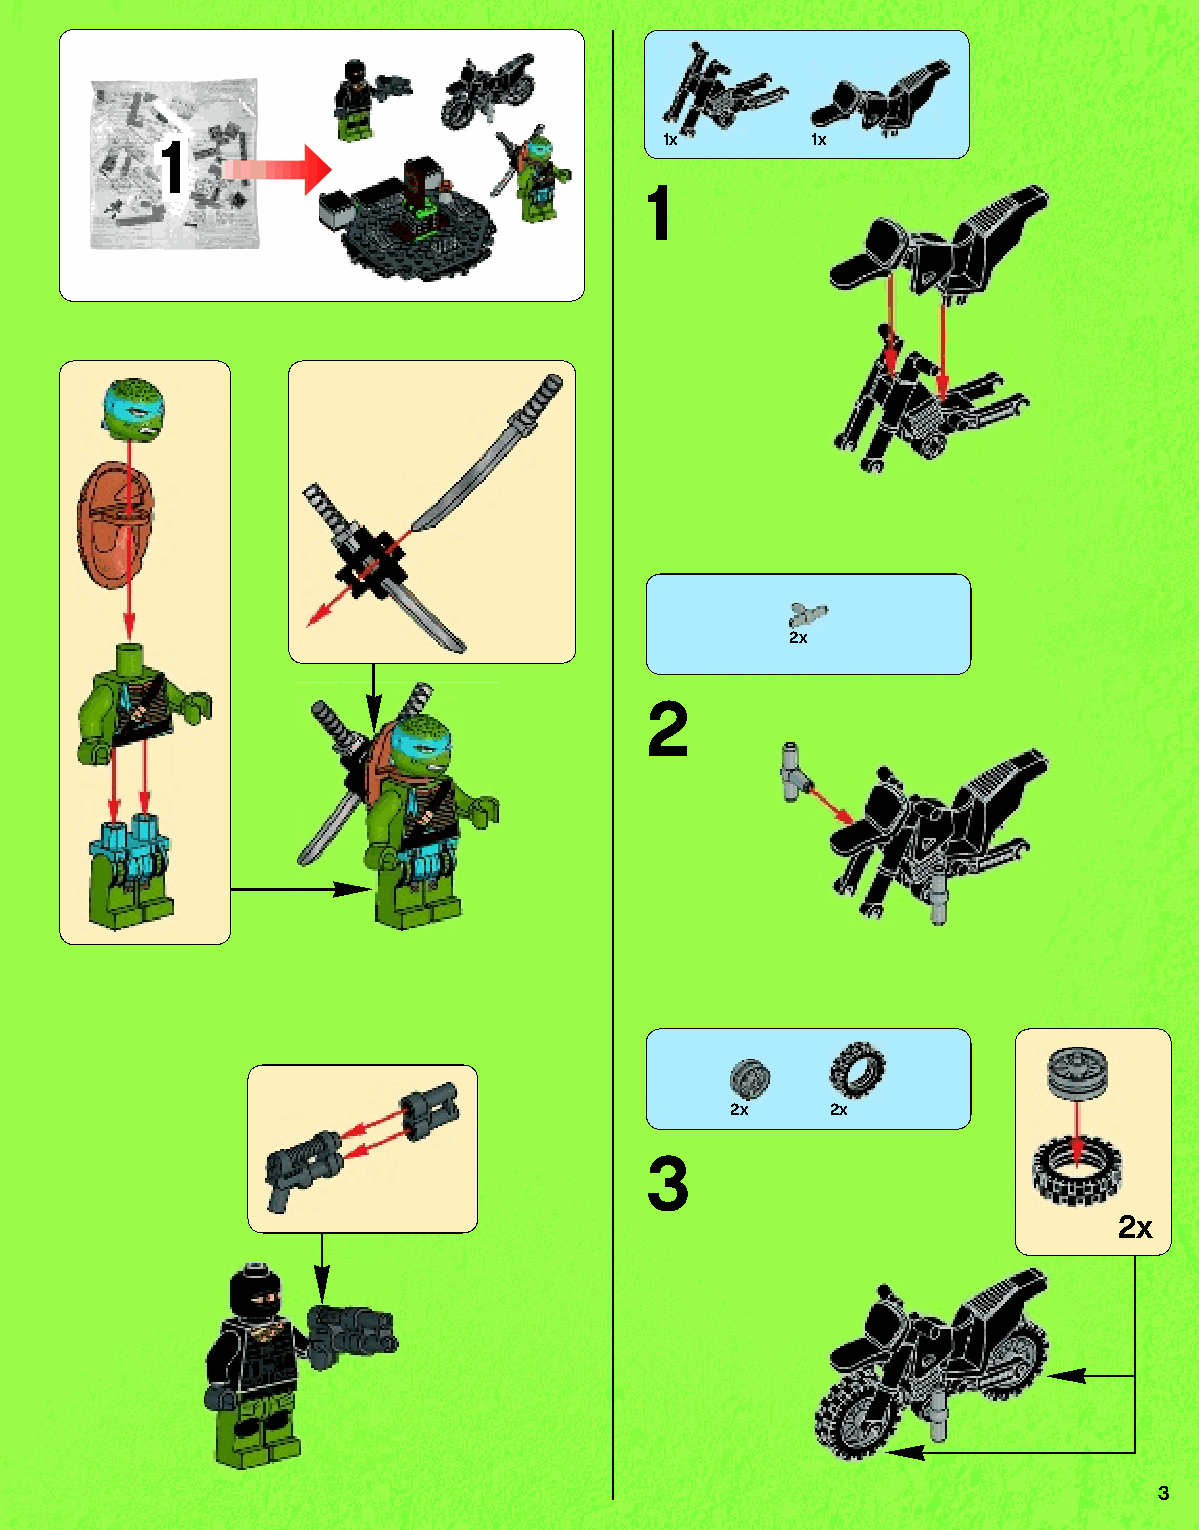
1                                1x        1x
 1
 2x
 2
 2x     2x
 3
 2x
 3
 79117_Book1.indd 3                                                01/11/2013 4:31 PM